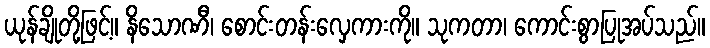
ယုန်ချိုတို့ဖြင့်။ နိသောဏီ၊ စောင်းတန်းလှေကားကို။ သုကတာ၊ ကောင်းစွာပြုအပ်သည်။